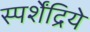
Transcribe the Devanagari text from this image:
स्पर्शेंद्रिये